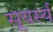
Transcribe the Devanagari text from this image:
सूयर्स्य